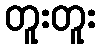
တူးတူး